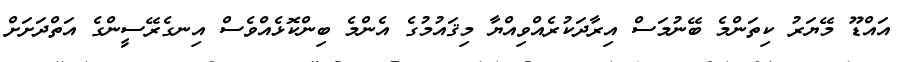
އައްޑޫ މޭޔަރު ކިތަންމެ ބޭނުމަސް އިރާދަކުރެއްވިއްޔާ މިޤައުމުގެ އެންމެ ބިންކޮޅެއްވެސް އިނގެރޭސީންގެ އަތްދަށަށް